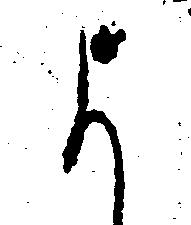
よ